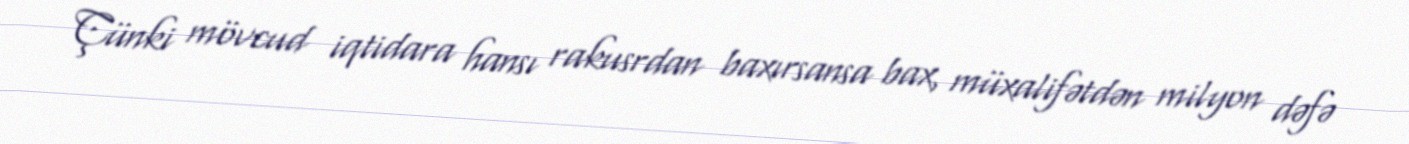
Çünki mövcud iqtidara hansı rakusrdan baxırsansa bax, müxalifətdən milyon dəfə